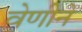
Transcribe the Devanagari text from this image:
वेणीने